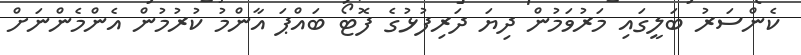
ކެންސަރު ބަލީގައި މަރުވަމުން ދިޔަ ދަރިފުޅުގެ ފޮޓޯ ބައްޕަ އާންމު ކުރުމުން އެންމެންނަށް